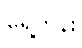
ရှေ့တန်း